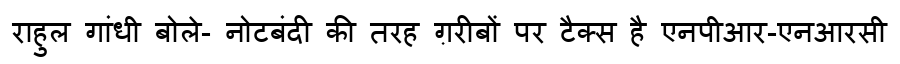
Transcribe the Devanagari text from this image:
राहुल गांधी बोले- नोटबंदी की तरह ग़रीबों पर टैक्स है एनपीआर-एनआरसी